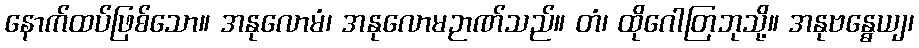
နောက်ထပ်ဖြစ်သော။ အနုလောမံ၊ အနုလောမဉာဏ်သည်။ တံ၊ ထိုဂေါတြဘုသို့။ အနုဗန္ဓေယျ၊